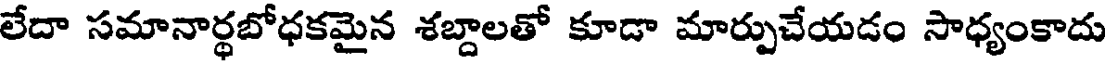
లేదా సమానార్థబోధకమైన శబ్దాలతో కూడా మార్పుచేయడం సాధ్యంకాదు